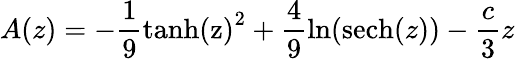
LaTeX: A(z)=-\frac{1}{9}\textrm{tanh(z)}^{2}+\frac{4}{9}\ln(\textrm{sech}(z))-\frac{c}{3}z